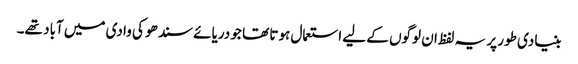
بنیادی طور پر یہ لفظ ان لوگوں کے لیے استعمال ہوتا تھا جو دریائے سندھو کی وادی میں آباد تھے۔